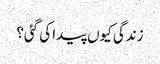
زندگی کیوں پیدا کی گئی؟